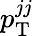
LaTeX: p_{\mathrm{T}}^{jj}